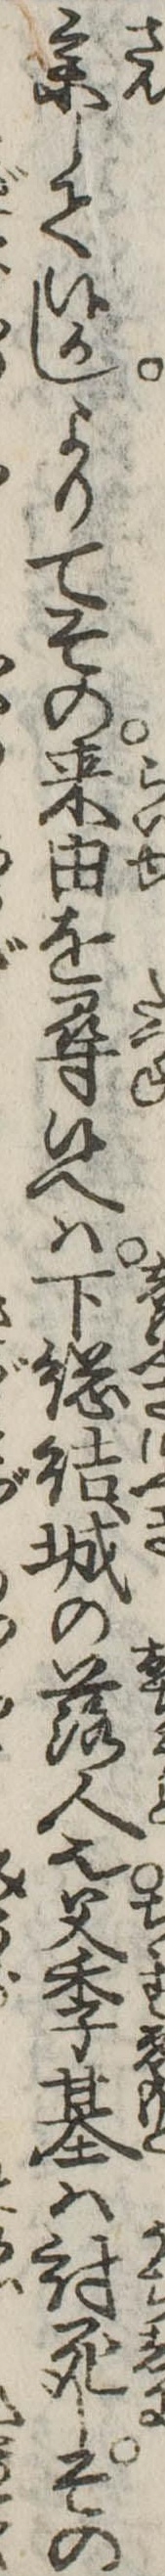
参して候かしよりてその来由を尋候へは下総結城の落人也父季基は討死しその